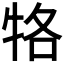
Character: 𤙑